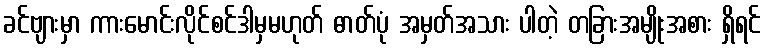
ခင်ဗျားမှာ ကားမောင်းလိုင်စင်ဒါမှမဟုတ် ဓာတ်ပုံ အမှတ်အသား ပါတဲ့ တခြားအမျိုးအစား ရှိရင်